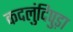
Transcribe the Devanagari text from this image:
कदलुंदिपुड़ा